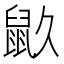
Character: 𪔼